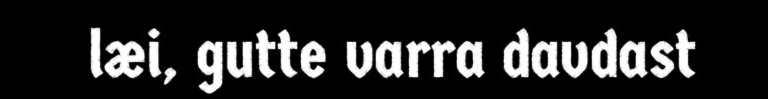
læi, gutte varra davdast